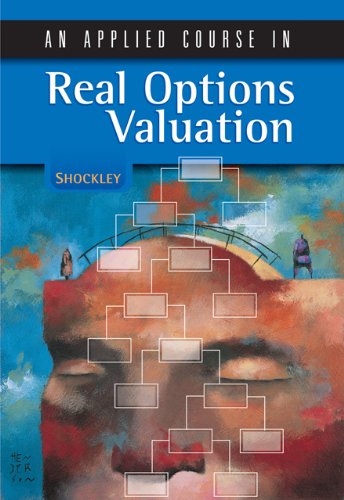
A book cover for An Applied Course in Real Options Valuation (Thomson South-Western Finance); Richard L. Shockley; Business & Money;